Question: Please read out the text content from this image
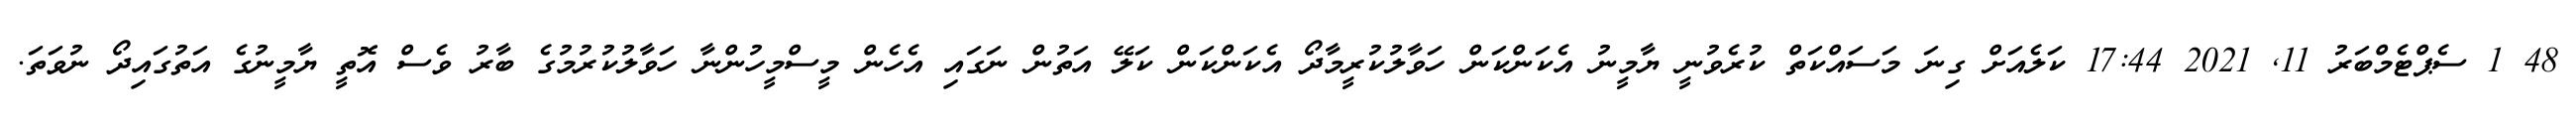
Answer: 48 1 ސެޕްޓެމްބަރު 11, 2021 17:44 ކަލެއަށް ގިނަ މަސައްކަތް ކުރެވުނީ ޔާމީނު އެކަންކަން ހަވާލުކުރީމާދޯ އެކަންކަން ކަލޭ އަތުން ނަގައި އެހެން މީސްމީހުންނާ ހަވާލުކުރުމުގެ ބާރު ވެސް އޮތީ ޔާމީނުގެ އަތުގައިދޯ ނުވަތަ.